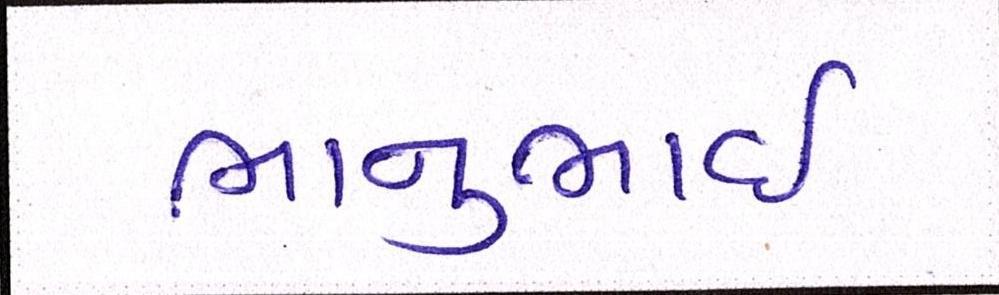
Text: ભાનુભાઈ